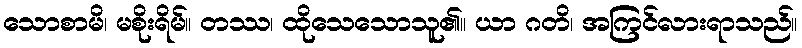
သောစာမိ၊ မစိုးရိမ်။ တဿ၊ ထိုသေသောသူ၏။ ယာ ဂတိ၊ အကြင်လားရာသည်။